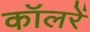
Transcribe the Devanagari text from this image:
कॉलरें